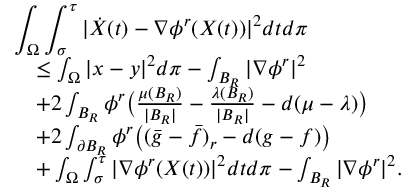
\begin{array} { r l } { \lefteqn { \int _ { \Omega } \int _ { \sigma } ^ { \tau } | \dot { X } ( t ) - \nabla \phi ^ { r } ( X ( t ) ) | ^ { 2 } d t d \pi } } \\ & { \le \int _ { \Omega } | x - y | ^ { 2 } d \pi - \int _ { B _ { R } } | \nabla \phi ^ { r } | ^ { 2 } } \\ & { + 2 \int _ { B _ { R } } \phi ^ { r } \big ( \frac { \mu ( B _ { R } ) } { | B _ { R } | } - \frac { \lambda ( B _ { R } ) } { | B _ { R } | } - d ( \mu - \lambda ) \big ) } \\ & { + 2 \int _ { \partial B _ { R } } \phi ^ { r } \big ( ( \bar { g } - \bar { f } ) _ { r } - d ( g - f ) \big ) } \\ & { + \int _ { \Omega } \int _ { \sigma } ^ { \tau } | \nabla \phi ^ { r } ( X ( t ) ) | ^ { 2 } d t d \pi - \int _ { B _ { R } } | \nabla \phi ^ { r } | ^ { 2 } . } \end{array}